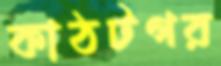
কাঠটগর